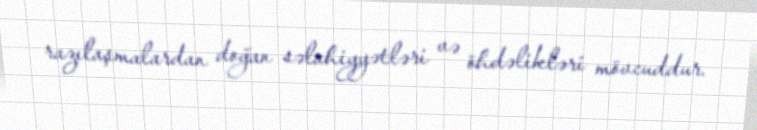
razılaşmalardan doğan səlahiyyətləri və öhdəlikləri mövcuddur.